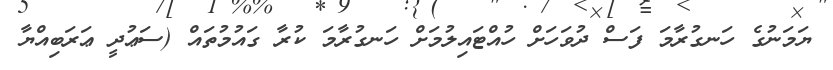
ޔަމަނުގެ ހަނގުރާމަ ފަސް ދުވަހަށް ހުއްޓައިލުމަށް ހަނގުރާމަ ކުރާ ގައުމުތައް (ސަޢުދީ ޢަރަބިއްޔާ